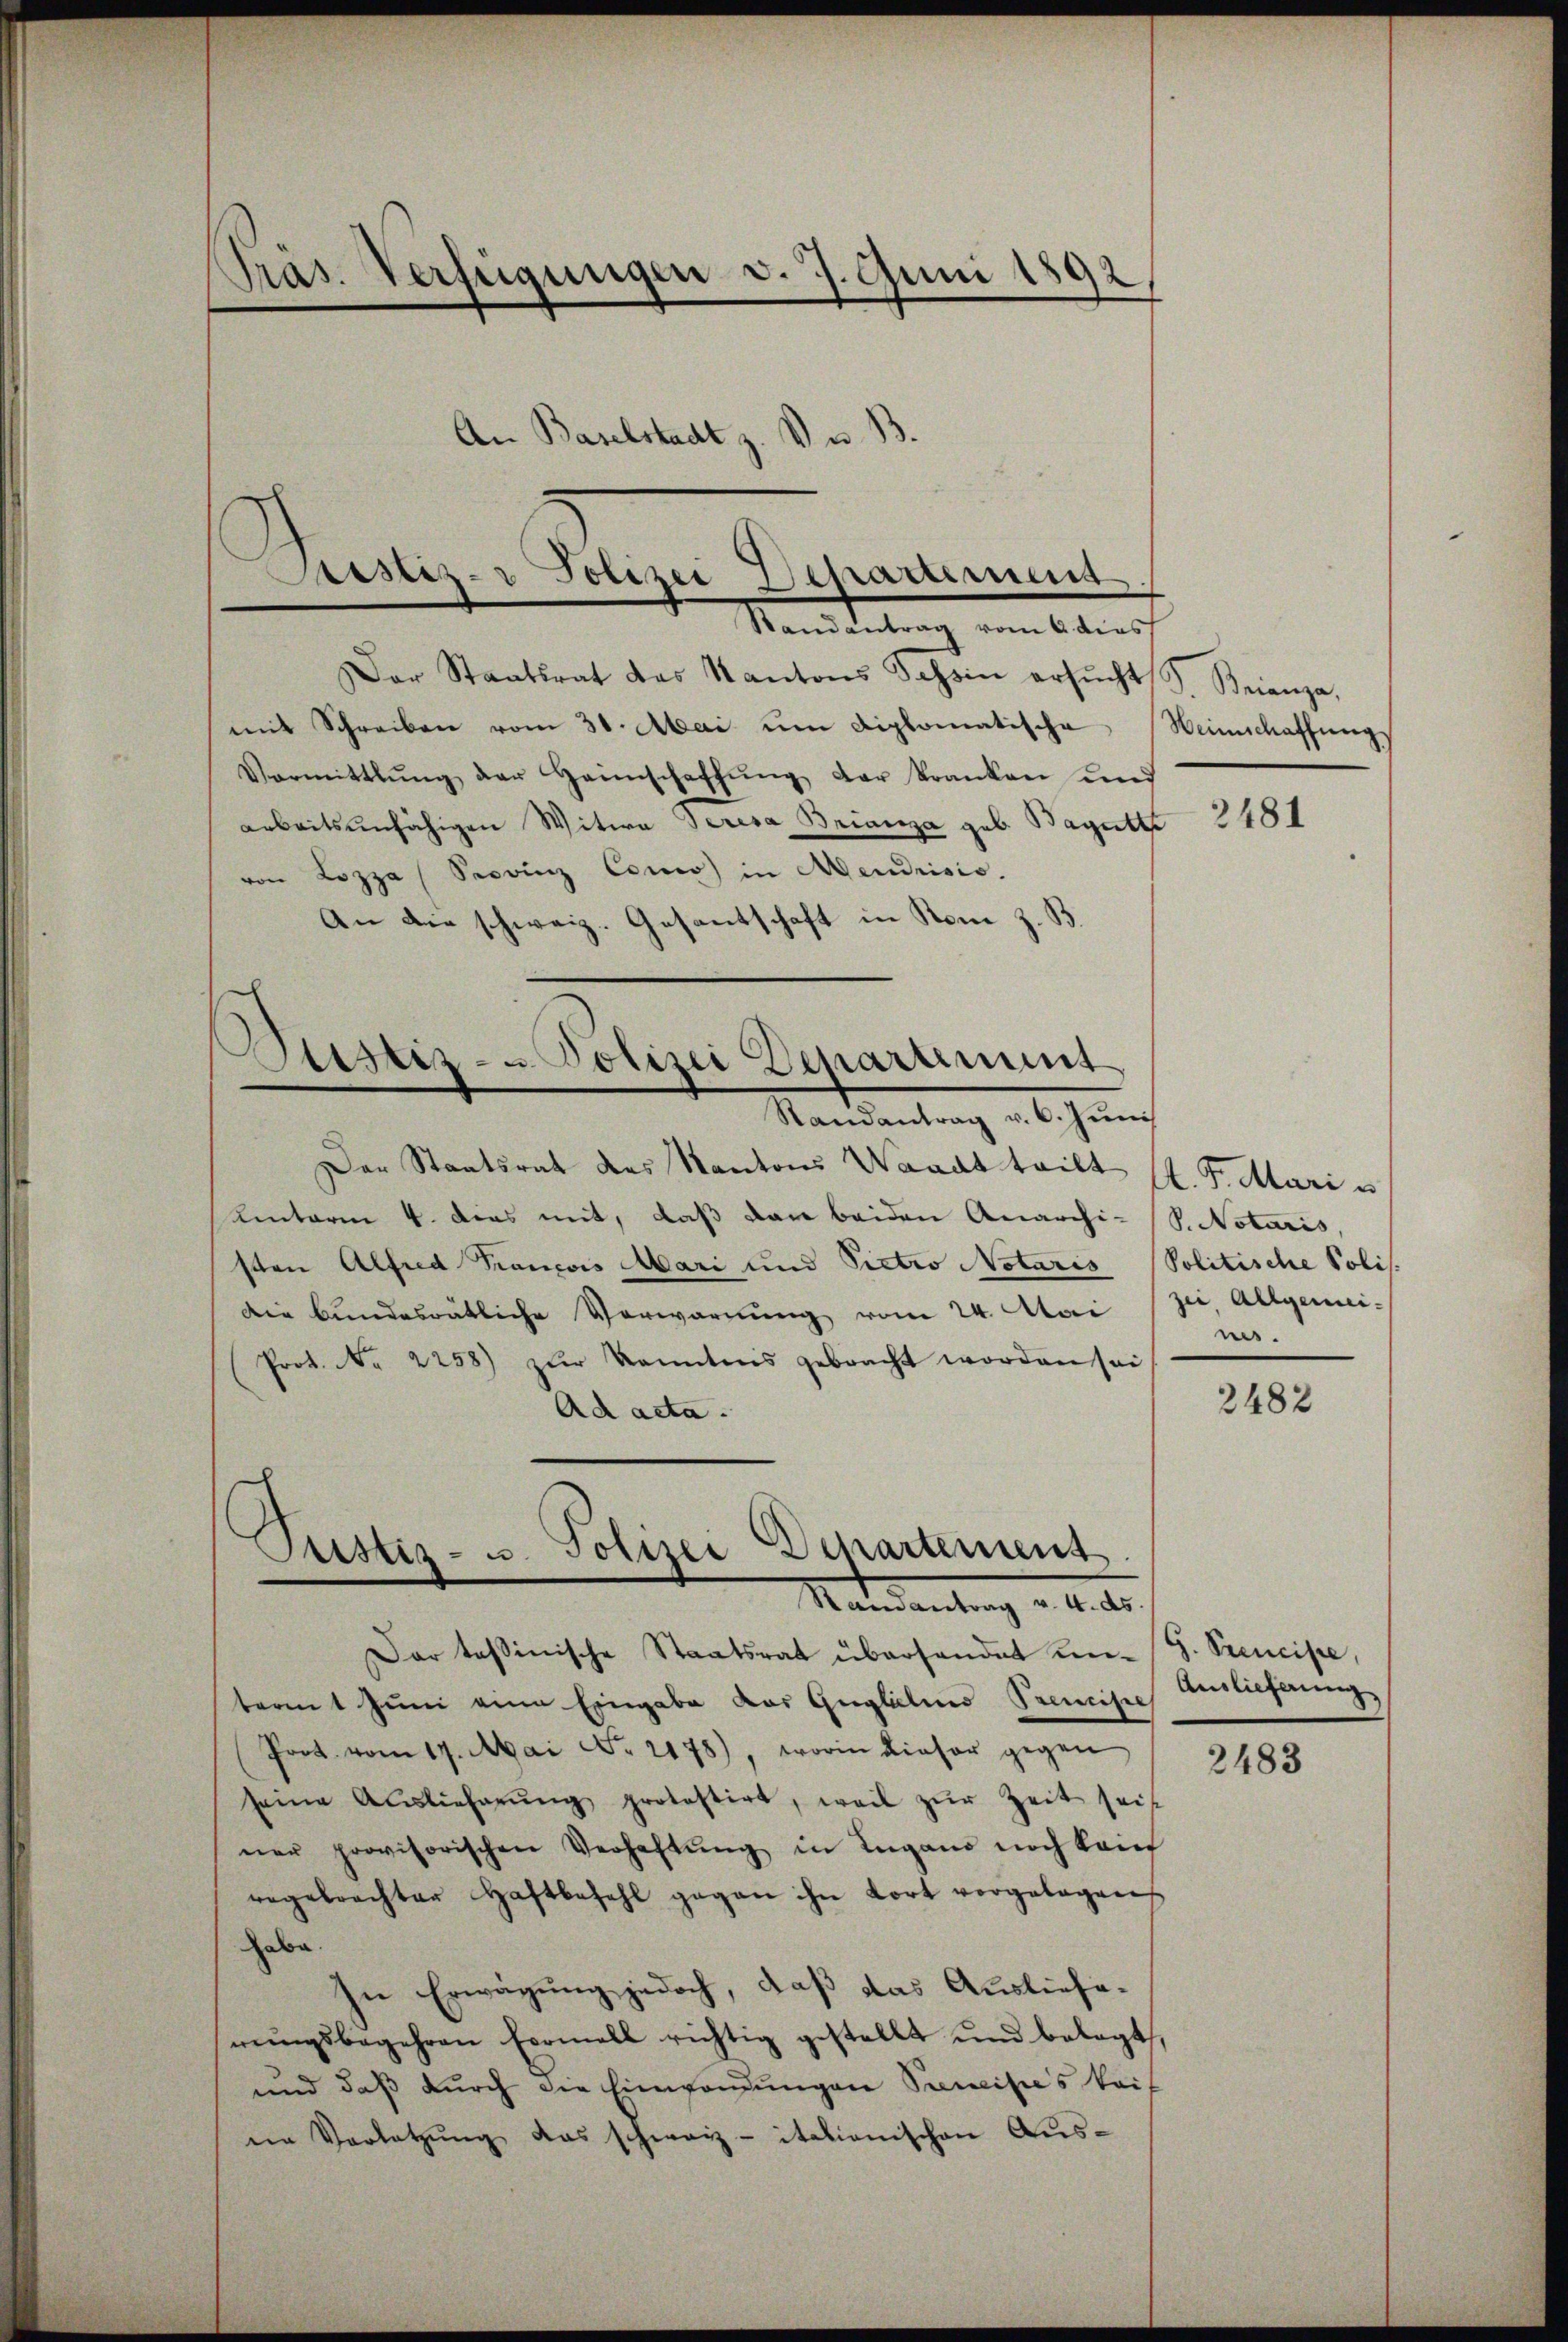
Präs. Verfügungen d. 7. Juni 1892

Der Staatsrat das Kantons Schin ersŭcht S. Brienza,
mit Schreiben vom 31. Mai um diplomatische Weinschaffung
Vormittlung der Heimschaffŭng der kranken und
arbeitsunfähigen Witwe Seresa Briana geb. Bagutt
von Lezza Sprinz Como in Mendrisis.
An die schweiz. Gesantschaft in Kom

An Baselstadt z. V. B.

rsitz- Polizei Departement
Randantrag vom 6 dies

Bustiz- u Polizei Departimet
Randantrag v. 6. Juni

Justiz- u. Polizei Departement

Der Staatsrath des Kantons Waadt tritt St. P. Mari u
uinterm 4. dies mit, daß dar beiden Anarchi-S.Notaris,
sten Alfred François Mari und Pietro Notaris
Die bundesrätliche Verwarnŭng vom 24. Mai
Prot. No 2258) zur Kenntnis gebracht worden sei
Ad acta.
Mandantung d. d. M.
Dar tessinische Staatsrat überhandet un- (G. Scencipe,
barmt Juni eine Eingabe das Guglichen Premisch
Port. vom 17. Mai No 2178), worin dieser gegen
seine Auslieferŭng protestirt, weil zŭr Zeit seit
ner provisorischen Verhaltŭng in Lugano noch kain
rngebrachter Haftbefehl gegen ihn fort vorgelegen
habe.
In Erwägung jedoch, daß das Auslieferŭngsbegehren Formell richtig gestellt und belegt,
und daβ dŭrch die Einwandŭngen Sanitas kei
en Vorletzŭng das schweiz. italienischen Aus¬

2481

Politische Polis.
zei, Allgemei-
nis.

2482

Auslieferung

2483